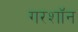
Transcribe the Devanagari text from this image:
गरशॉन